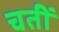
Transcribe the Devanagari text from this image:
चतीं